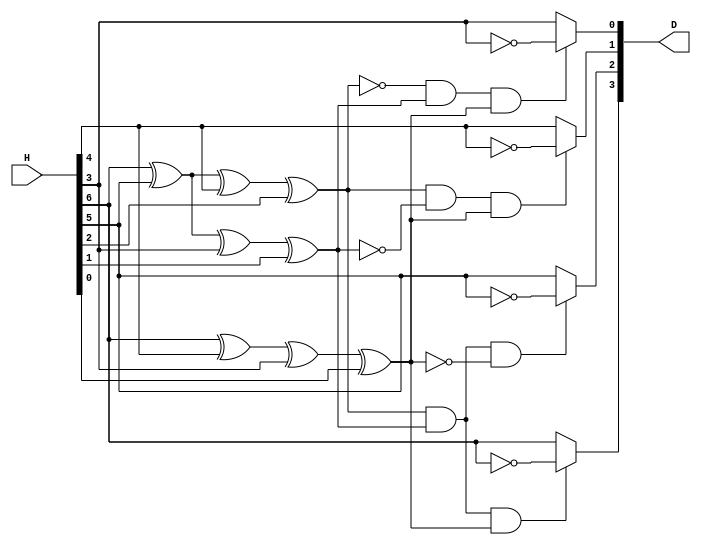
module NewHammingDecoder(H, D);
	input [6:0] H;
	output [3:0] D;
	
	//assign D[3] =
	//assign D[2] =
	//assign D[1] = 
	assign D[3] = (H[6]^H[5]^H[4]^H[2])&(H[6]^H[5]^H[3]^H[1])&(H[6]^H[4]^H[3]^H[0])  ? ~H[6] : H[6];
	assign D[2] = (H[6]^H[5]^H[4]^H[2])&(H[6]^H[5]^H[3]^H[1])&!(H[6]^H[4]^H[3]^H[0]) ? ~H[5] : H[5];
	assign D[1] = (H[6]^H[5]^H[4]^H[2])&!(H[6]^H[5]^H[3]^H[1])&(H[6]^H[4]^H[3]^H[0]) ? ~H[4] : H[4];
	assign D[0] = !(H[6]^H[5]^H[4]^H[2])&(H[6]^H[5]^H[3]^H[1])&(H[6]^H[4]^H[3]^H[0]) ? ~H[3] : H[3];

//	assign syndrome[2] = code[6] ^ code[5] ^ code[4] ^ code[2];
//	assign syndrome[1] = code[6] ^ code[5] ^ code[3] ^ code[1];
//	assign syndrome[0] = code[6] ^ code[4] ^ code[3] ^ code[0];
//	assign data = (syndrome == 3'b111) ? { ~code[6], code[5], code[4], code[3] } :
//					  (syndrome == 3'b110) ? { code[6], ~code[5], code[4], code[3] } :
//					  (syndrome == 3'b101) ? { code[6], code[5], ~code[4], code[3] } :
//					  (syndrome == 3'b011) ? { code[6], code[5], code[4], ~code[3] } :
//					  { code[6], code[5], code[4], code[3] };

endmodule